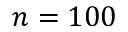
n = 1 0 0